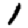
Digit: 1